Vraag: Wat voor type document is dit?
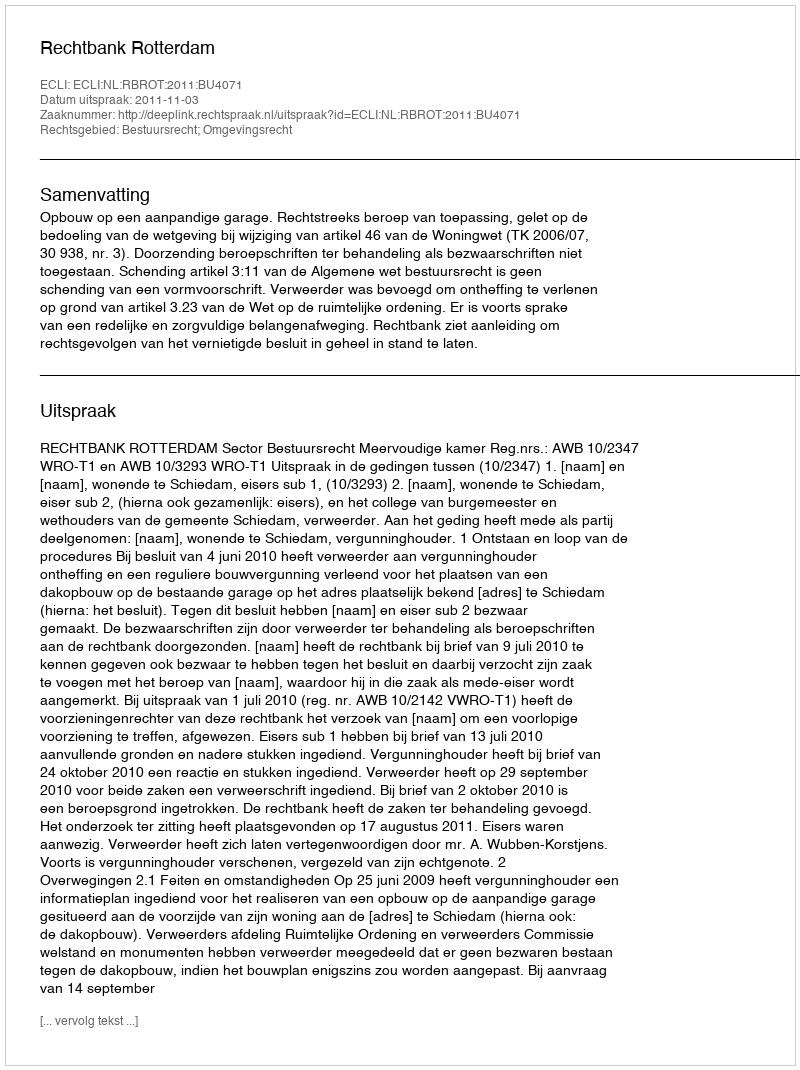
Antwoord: Uitspraak